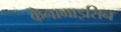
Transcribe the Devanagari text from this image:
केनामाइसिन